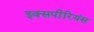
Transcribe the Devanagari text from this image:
इक्सपीरियंस